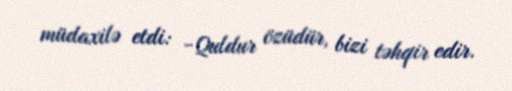
müdaxilə etdi: -Quldur özüdür, bizi təhqir edir.